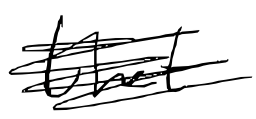
Text: that
Cross-out: mix
Writing tool: digital_black